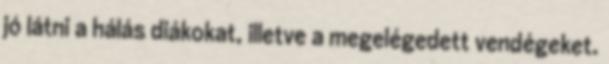
jó látni a hálás diákokat, illetve a megelégedett vendégeket.